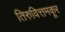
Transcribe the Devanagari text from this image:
तिरुवित्तमकूर